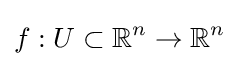
f:U\subset \mathbb {R} ^{n}\to \mathbb {R} ^{n}